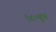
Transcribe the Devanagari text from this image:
१८०हून